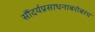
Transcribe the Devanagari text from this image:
सौंदर्यप्रसाधनाबरोबरच